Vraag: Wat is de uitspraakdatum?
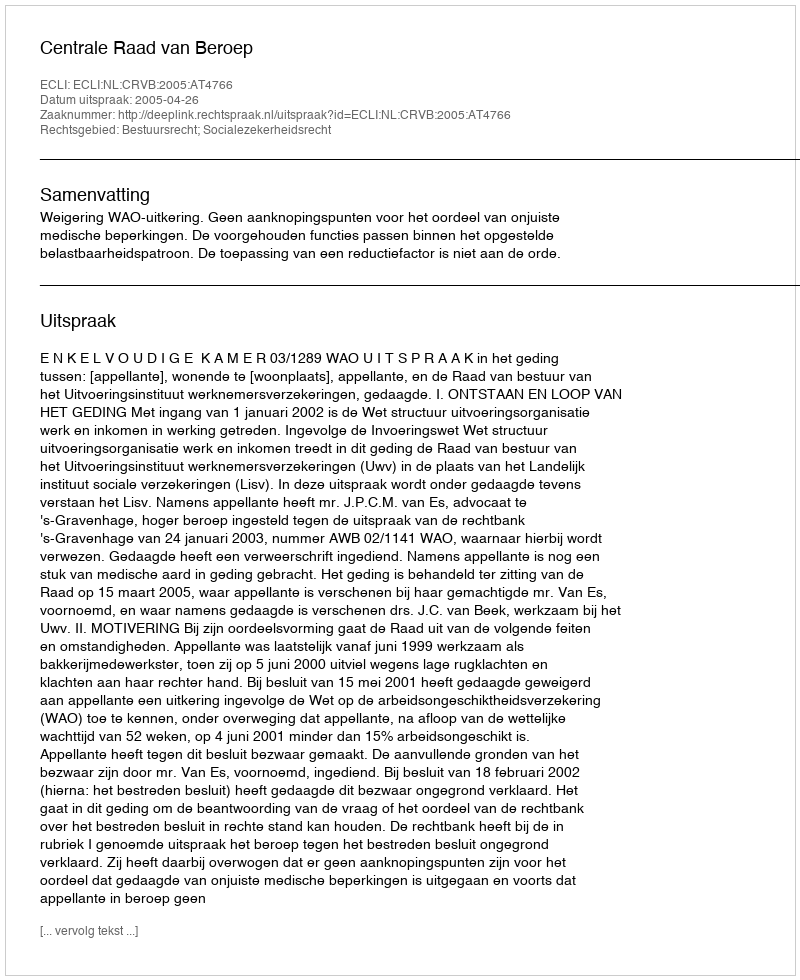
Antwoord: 2005-04-26